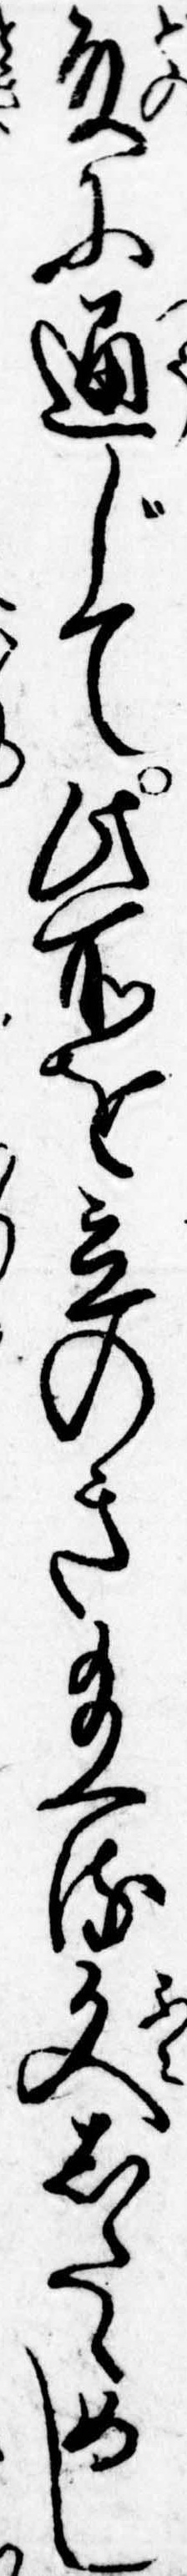
殿に通じて此所を立のき給へる文したゝめし